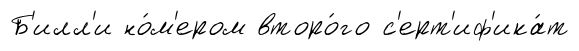
Б'илл'и но́м'ером второ́го с'ерт'иф'ика́т